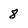
Character: 8